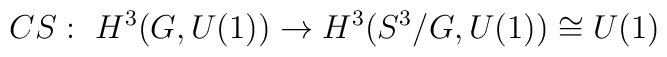
CS:\ H^3(G,U(1)) \to H^3(S^3/G,U(1))\cong U(1)